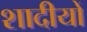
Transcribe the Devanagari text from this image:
शादीयों